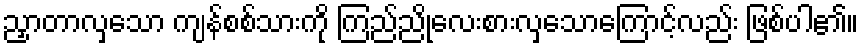
ညှာတာလှသော ကျန်စစ်သားကို ကြည်ညိုလေးစားလှသောကြောင့်လည်း ဖြစ်ပါ၏။